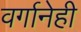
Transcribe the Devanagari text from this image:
वर्गानेही